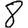
Digit: 8